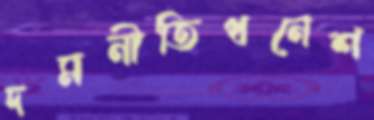
দমনীতিধনেশ